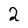
Character: 2